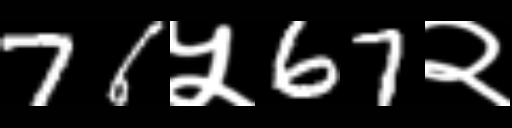
Text: 76५67२